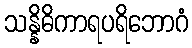
သန္နိဓိကာရပရိဘောဂံ